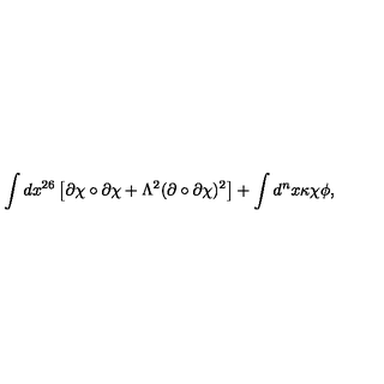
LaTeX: \int d x ^ { 2 6 } \left[ \partial \chi \circ \partial \chi + \Lambda ^ { 2 } ( \partial \circ \partial \chi ) ^ { 2 } \right] + \int d ^ { n } x \kappa \chi \phi ,